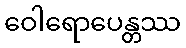
ဝေါရောပေန္တဿ